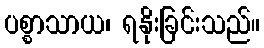
ပစ္စာသာယ၊ ရနိုးခြင်းသည်။